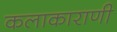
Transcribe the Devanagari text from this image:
कलाकाराणी